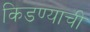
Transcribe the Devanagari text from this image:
किडण्याची